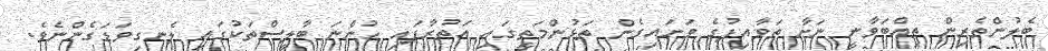
ބެލުންތެރިން ތިއްބަވާނީ ނަށާ ތަވާއިފުގެ ވަށައިގެން ތަޅުންމަތީގައި އަތުރާފައި ހުންނަ ބާލީސްތަކުގައި ލެނގިވަޑަގެންނެވެ.